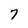
Character: 7